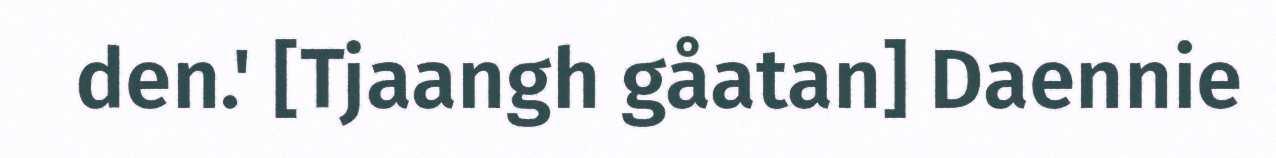
den.' [Tjaangh gåatan] Daennie